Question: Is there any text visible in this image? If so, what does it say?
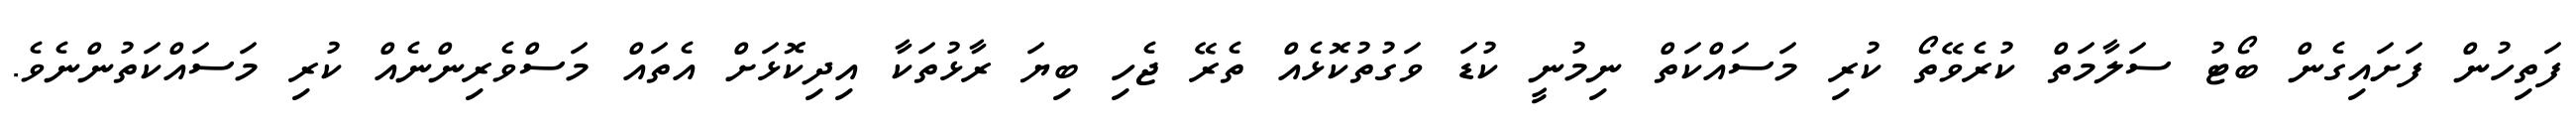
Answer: ފަތިހުން ފަށައިގެން ބޯޓު ސަލާމަތް ކުރެވޭތޯ ކުރި މަސައްކަތް ނިމުނީ ކުޑަ ވަގުތުކޮޅެއް ތެރޭ ޖެހި ބިޔަ ރާޅުތަކާ އިދިކޮޅަށް އެތައް މަސްވެރިންނެއް ކުރި މަސައްކަތުންނެވެ.